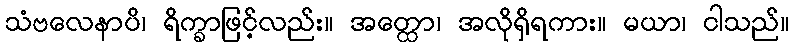
သံဗလေနာပိ၊ ရိက္ခာဖြင့်လည်း။ အတ္ထော၊ အလိုရှိရကား။ မယာ၊ ငါသည်။